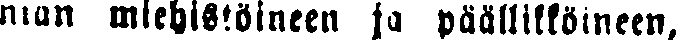
nian miehistöineen ja päällikköineen,